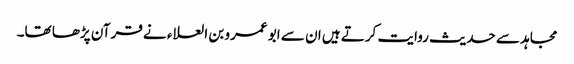
مجاہد سے حدیث روایت کرتے ہیں ان سے ابو عمرو بن العلاء نے قرآن پڑھا تھا۔